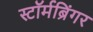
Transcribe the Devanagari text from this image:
स्टॉर्मब्रिंगर